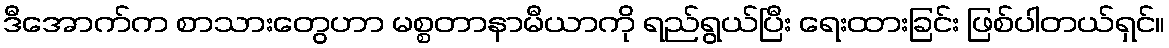
ဒီအောက်က စာသားတွေဟာ မစ္စတာနာမီယာကို ရည်ရွယ်ပြီး ရေးထားခြင်း ဖြစ်ပါတယ်ရှင်။